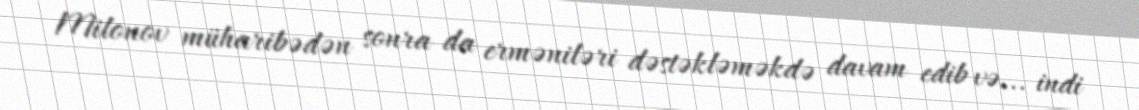
Milonov müharibədən sonra da erməniləri dəstəkləməkdə davam edib və... indi